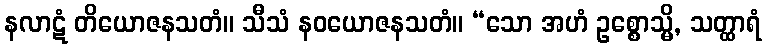
နလာဋံ တိယောဇနသတံ။ သီသံ နဝယောဇနသတံ။ “သော အဟံ ဥစ္စောသ္မိ, သတ္ထာရံ